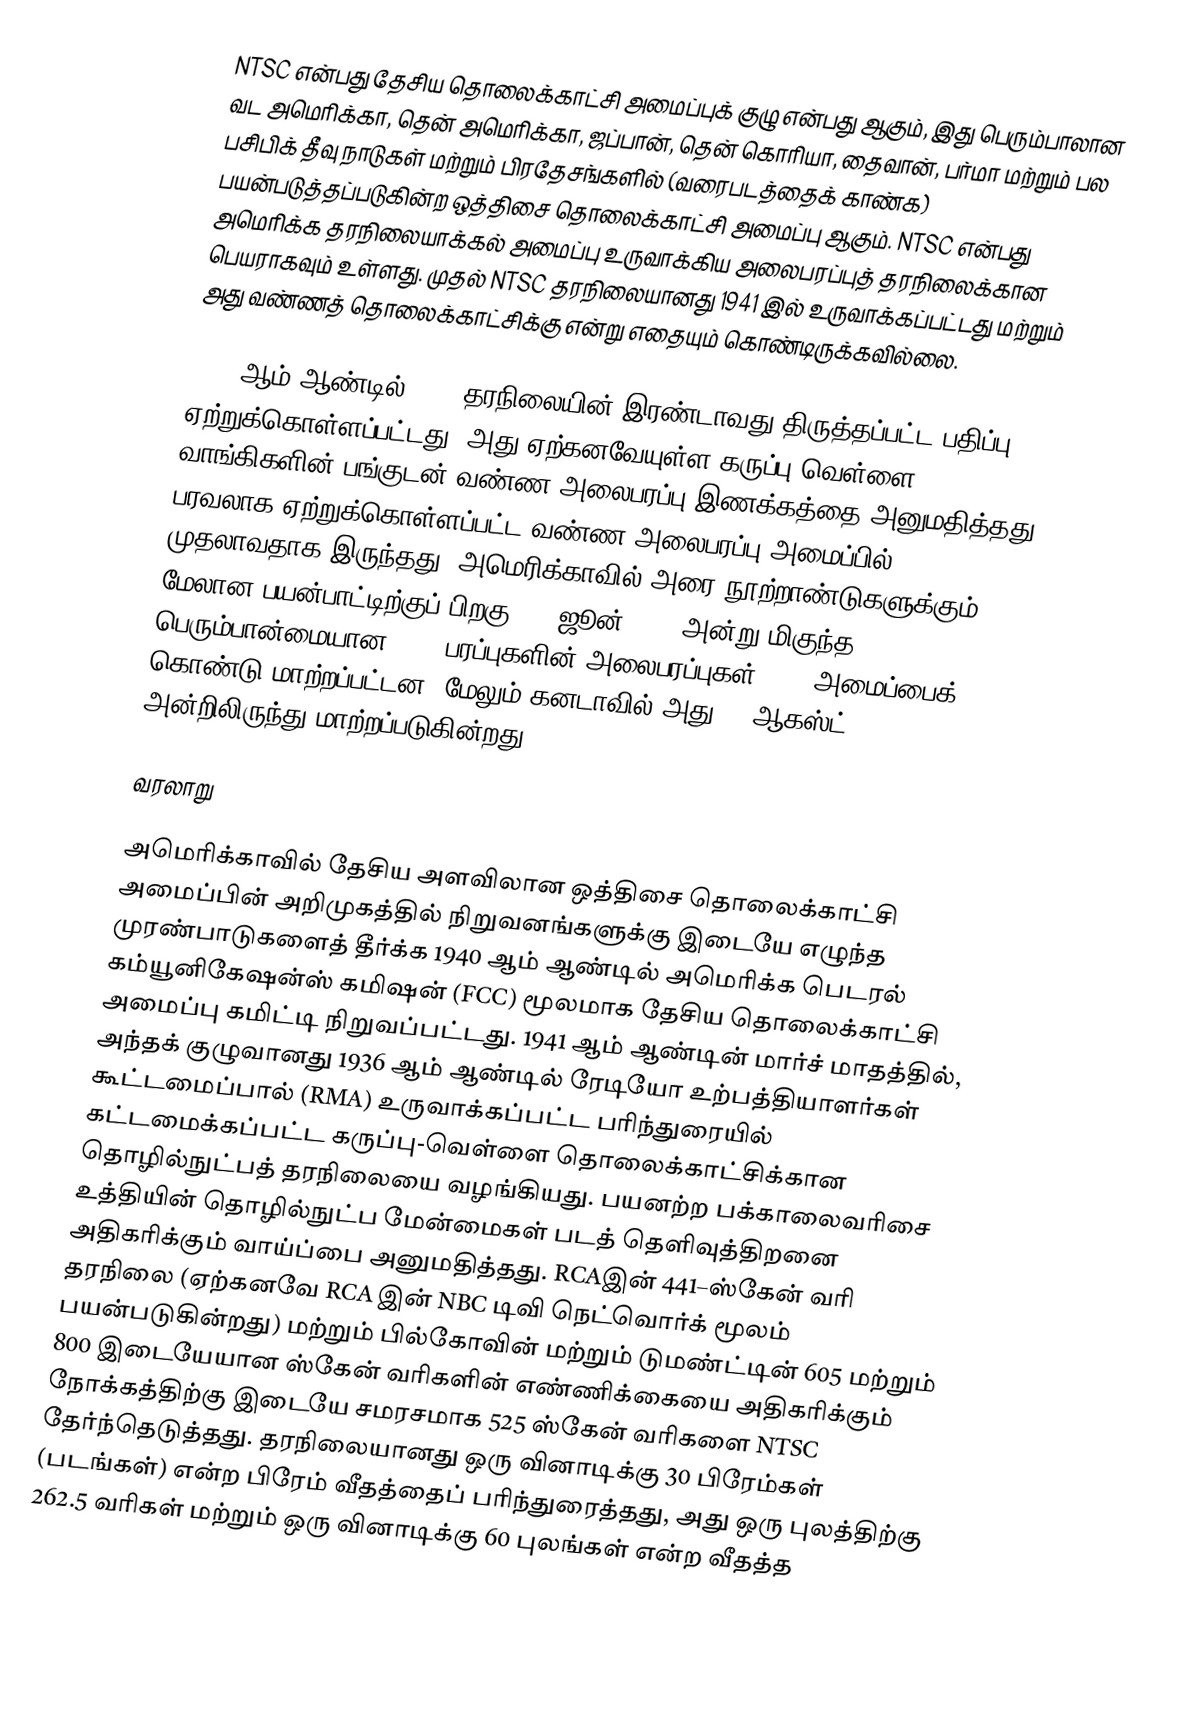
NTSC என்பது தேசிய தொலைக்காட்சி அமைப்புக் குழு என்பது ஆகும், இது பெரும்பாலான வட அமெரிக்கா, தென் அமெரிக்கா, ஜப்பான், தென் கொரியா, தைவான், பர்மா மற்றும் பல பசிபிக் தீவு நாடுகள் மற்றும் பிரதேசங்களில் (வரைபடத்தைக் காண்க) பயன்படுத்தப்படுகின்ற ஒத்திசை தொலைக்காட்சி அமைப்பு ஆகும். NTSC  என்பது அமெரிக்க தரநிலையாக்கல் அமைப்பு உருவாக்கிய அலைபரப்புத் தரநிலைக்கான பெயராகவும் உள்ளது. முதல் NTSC தரநிலையானது 1941 இல் உருவாக்கப்பட்டது மற்றும் அது வண்ணத் தொலைக்காட்சிக்கு என்று எதையும் கொண்டிருக்கவில்லை.

1953 ஆம் ஆண்டில் NTSC தரநிலையின் இரண்டாவது திருத்தப்பட்ட பதிப்பு ஏற்றுக்கொள்ளப்பட்டது, அது ஏற்கனவேயுள்ள கருப்பு-வெள்ளை வாங்கிகளின் பங்குடன் வண்ண அலைபரப்பு இணக்கத்தை அனுமதித்தது. பரவலாக ஏற்றுக்கொள்ளப்பட்ட வண்ண அலைபரப்பு அமைப்பில் NTSC முதலாவதாக இருந்தது. அமெரிக்காவில் அரை நூற்றாண்டுகளுக்கும் மேலான பயன்பாட்டிற்குப் பிறகு, 12 ஜூன் 2009 அன்று மிகுந்த பெரும்பான்மையான NTSC பரப்புகளின் அலைபரப்புகள் ATSC அமைப்பைக் கொண்டு மாற்றப்பட்டன, மேலும் கனடாவில் அது 31 ஆகஸ்ட் 2011 அன்றிலிருந்து மாற்றப்படுகின்றது.

வரலாறு

அமெரிக்காவில் தேசிய அளவிலான ஒத்திசை தொலைக்காட்சி அமைப்பின் அறிமுகத்தில் நிறுவனங்களுக்கு இடையே எழுந்த முரண்பாடுகளைத் தீர்க்க 1940 ஆம் ஆண்டில் அமெரிக்க பெடரல் கம்யூனிகேஷன்ஸ் கமிஷன் (FCC) மூலமாக தேசிய தொலைக்காட்சி அமைப்பு கமிட்டி நிறுவப்பட்டது. 1941 ஆம் ஆண்டின் மார்ச் மாதத்தில், அந்தக் குழுவானது 1936 ஆம் ஆண்டில் ரேடியோ உற்பத்தியாளர்கள் கூட்டமைப்பால் (RMA) உருவாக்கப்பட்ட பரிந்துரையில் கட்டமைக்கப்பட்ட கருப்பு-வெள்ளை தொலைக்காட்சிக்கான தொழில்நுட்பத் தரநிலையை வழங்கியது. பயனற்ற பக்காலைவரிசை உத்தியின் தொழில்நுட்ப மேன்மைகள் படத் தெளிவுத்திறனை அதிகரிக்கும் வாய்ப்பை அனுமதித்தது. RCAஇன் 441–ஸ்கேன் வரி தரநிலை (ஏற்கனவே RCA இன் NBC டிவி நெட்வொர்க் மூலம் பயன்படுகின்றது) மற்றும் பில்கோவின் மற்றும் டுமண்ட்டின் 605 மற்றும் 800 இடையேயான ஸ்கேன் வரிகளின் எண்ணிக்கையை அதிகரிக்கும் நோக்கத்திற்கு இடையே சமரசமாக 525 ஸ்கேன் வரிகளை NTSC தேர்ந்தெடுத்தது. தரநிலையானது ஒரு வினாடிக்கு 30 பிரேம்கள் (படங்கள்) என்ற பிரேம் வீதத்தைப் பரிந்துரைத்தது, அது ஒரு புலத்திற்கு 262.5 வரிகள் மற்றும் ஒரு வினாடிக்கு 60 புலங்கள் என்ற வீதத்த